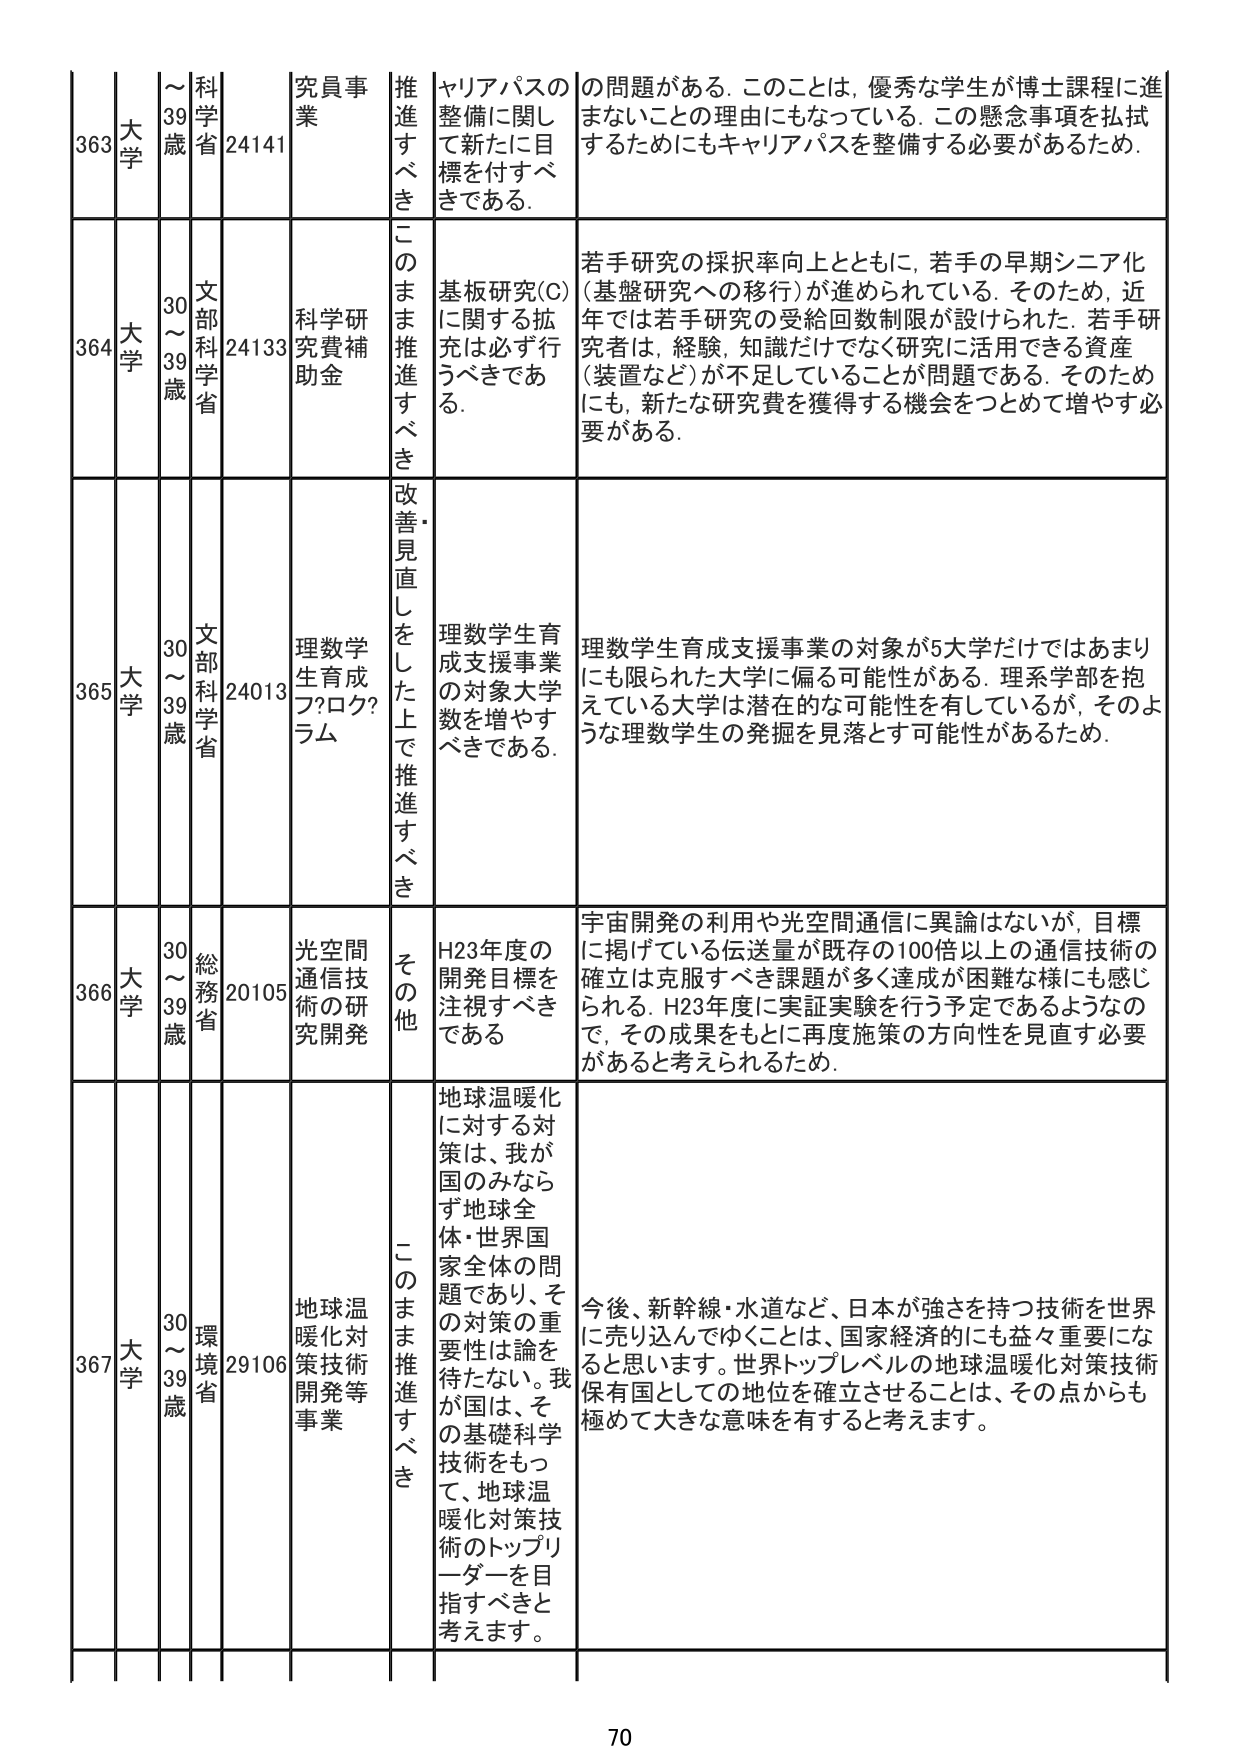
363 大学 39歳 科学省 24141 研員事業 推進すべき ヤリアパスの整備に関して新たに目標を付すべきである。 の問題がある。このことは、優秀な学生が博士課程に進まないことの理由にもなっている。この懸念事項を払拭するためにもキャリアパスを整備する必要があるため。

364 大学 30～39歳 文部科学省 24133 科学研究費補助金 このまま推進すべき 基板研究(C)に関する拡充は必ず行うべきである。 若手研究の採択率向上とともに、若手の早期シニア化（基盤研究への移行）が進められている。そのため、近年では若手研究の受給回数制限が設けられた。若手研究者は、経験、知識だけでなく研究に活用できる資産（装置など）が不足していることが問題である。そのためにも、新たな研究費を獲得する機会をつとめて増やす必要がある。

365 大学 30～39歳 文部科学省 24013 理数学生育成プログラム 改善・見直しをした上で推進すべき 理数学生育成支援事業の対象大学数を増やすべきである。 理数学生育成支援事業の対象が5大学だけではあまりにも限られた大学に偏る可能性がある。理系学部を抱えている大学は潜在的な可能性を有しているが、そのような理数学生の発掘を見落とす可能性があるため。

366 大学 30～39歳 総務省 20105 光空間通信技術の研究開発 その他 H23年度の開発目標を注視すべきである 宇宙開発の利用や光空間通信に異論はないが、目標に掲げている伝送量が既存の100倍以上の通信技術の確立は克服すべき課題が多く達成が困難な様にも感じられる。H23年度に実証実験を行う予定であるようなので、その成果をもとに再度施策の方向性を見直す必要があると考えられるため。

367 大学 30～39歳 環境省 29106 地球温暖化対策技術開発等事業 このまま推進すべき 地球温暖化に対する対策は、我が国のみならず地球全体・世界各国全体の問題であり、その対策の重要性は論を待たない。我が国は、その基礎科学技術をもって、地球温暖化対策技術のトップリーダーを目指すべきと考えます。 今後、新幹線・水道など、日本が強さを持つ技術を世界に売り込んでゆくことは、国家経済的にも益々重要になると思います。世界トップレベルの地球温暖化対策技術保有国としての地位を確立させることは、その点からも極めて大きな意味を有すると考えます。

70